画像に写った文字を読んでください
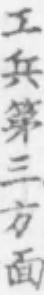
「工兵第三方面」と書いてあります